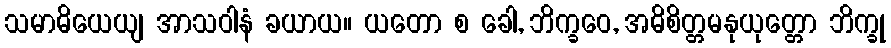
သမာဓိယေယျ အာသဝါနံ ခယာယ။ ယတော စ ခေါ, ဘိက္ခဝေ, အဓိစိတ္တမနုယုတ္တော ဘိက္ခု